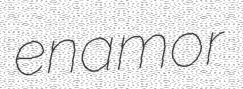
enamor